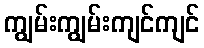
ကျွမ်းကျွမ်းကျင်ကျင်